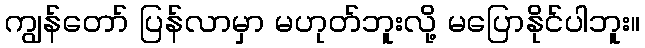
ကျွန်တော် ပြန်လာမှာ မဟုတ်ဘူးလို့ မပြောနိုင်ပါဘူး။